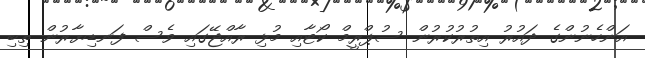
އަންހެނުންގެ ދައުރު އިތުރުކުރުން ސުޕްރީމް ކޯޓާއި މުޅި ރާއްޖޭގައި ވެސް ފަނޑިޔާރުން ތިބި